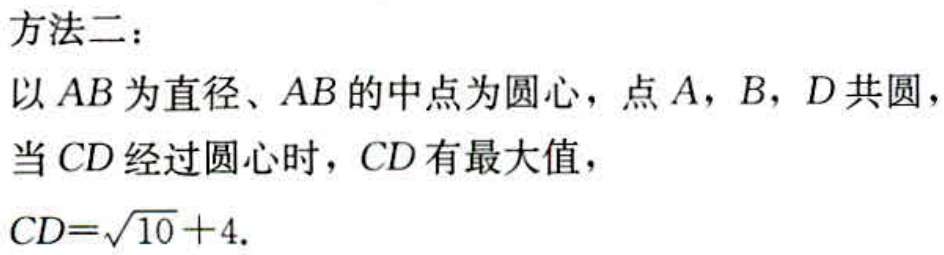
方法二：
以 \(AB\) 为直径、\(AB\) 的中点为圆心，点 \(A\)，\(B\)，\(D\) 共圆，
当 \(CD\) 经过圆心时，\(CD\) 有最大值，
\(CD = \sqrt{10}+4\).